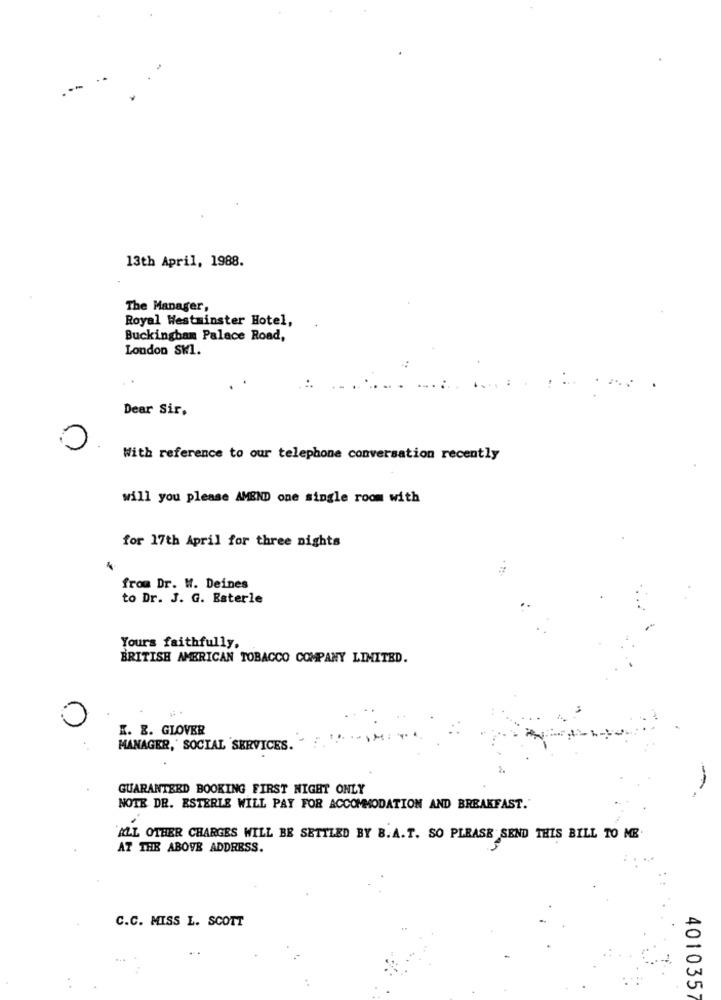
---
13th April, 1988.
The Manager,
Royal Westminster Hotel,
Buckingham Palace Road,
London SW1.
Dear Sir,
With reference to our telephone conversation recently
will you please AMEND one single room with
for 17th April for three nights
from Dr. W. Deines
to Dr. J. G. Esterle
Yours faithfully.
BRITISH AMERICAN TOBACCO COMPANY LIMITED.
K. E. GLOVER
MANAGER,' SOCIAL SERVICES. "
GUARANTEED BOOKING FIRST NIGHT ONLY
NOTE DE. ESTERLE WILL PAY FOR ACCOMMODATION AND BREAKFAST."
ALL OTHER CHARGES WILL BE SETTLED BY B. A.T. SO PLEASE SEND THIS BILL TO ME
AT THE ABOVE ADDRESS.
C.C. MISS L. SCOTT
401035